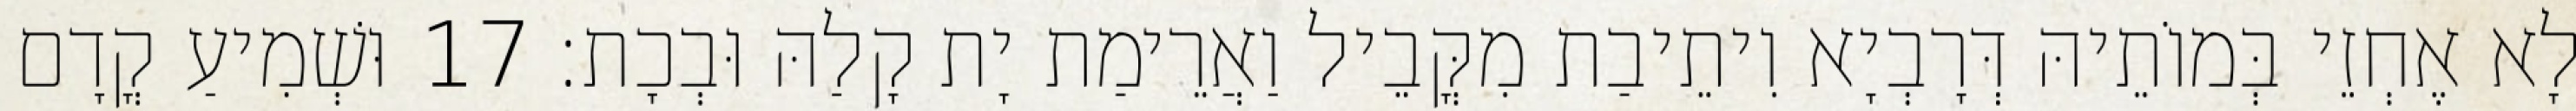
לָא אֶחְזֵי בְּמוֹתֵיהּ דְּרָבְיָא וִיתֵיבַת מִקֳּבֵיל וַאֲרֵימַת יָת קָלַהּ וּבְכָת׃ 17 וּשְׁמִיעַ קֳדָם